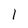
Character: l